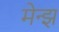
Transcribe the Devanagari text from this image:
मेन्झ